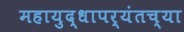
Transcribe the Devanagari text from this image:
महायुद्धापर्यंतच्या